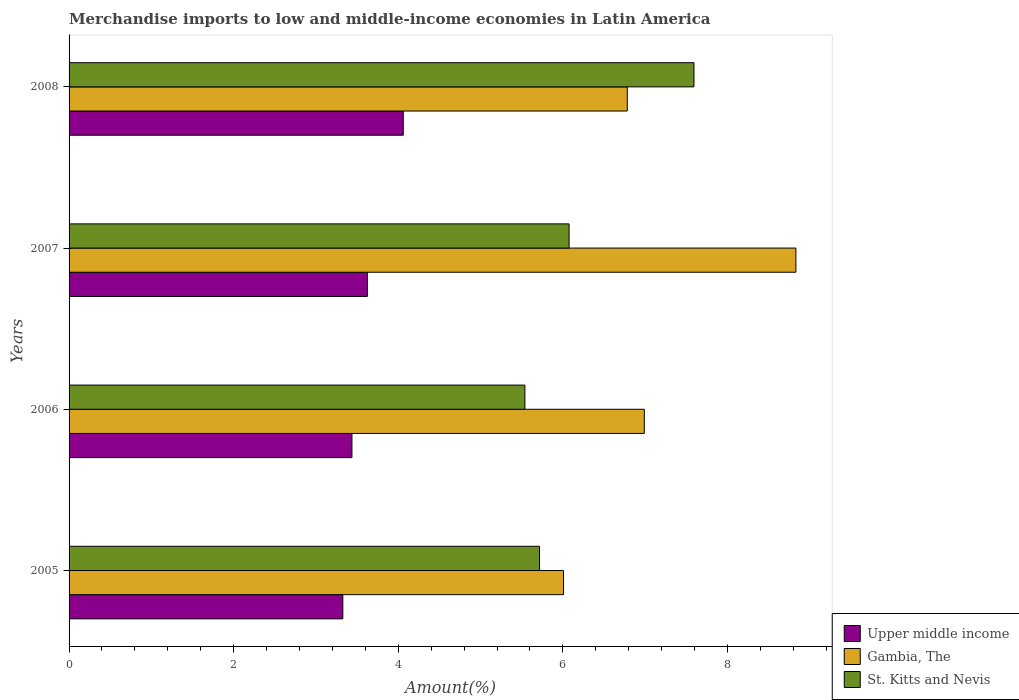
| Years | Upper middle income | Gambia, The | St. Kitts and Nevis |
 | --- | --- | --- | --- |
 | 2005 | 3.33 | 6.01 | 5.72 |
 | 2006 | 3.44 | 6.99 | 5.54 |
 | 2007 | 3.62 | 8.83 | 6.08 |
 | 2008 | 4.06 | 6.78 | 7.59 |